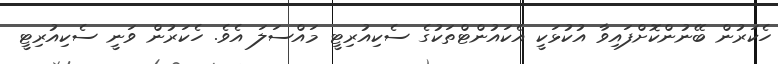
ހެކަރުން ބޭނުންކޮށްފައިވާ އުކުޅަކީ އެކައުންޓްތަކުގެ ސެކިއުރިޓީ މައްސަލަ އެވެ. ހެކަރުން ވަނީ ސެކިއުރިޓީ